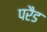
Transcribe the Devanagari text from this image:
परैड